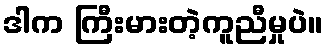
ဒါက ကြီးမားတဲ့ကူညီမှုပဲ။